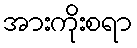
အားကိုးစရာ